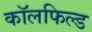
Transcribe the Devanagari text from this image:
कॉलफिल्ड